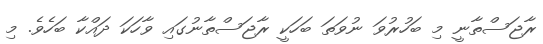
ރާޖަސްތާނީ މި ބަހުރުވަ ނުވަތަ ބަހަކީ ރާޖަސްތާނުގައި ވާހަކަ ދައްކާ ބަހެވެ. މި